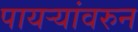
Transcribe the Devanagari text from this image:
पायऱ्यांवरुन